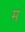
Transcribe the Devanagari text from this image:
मॢ